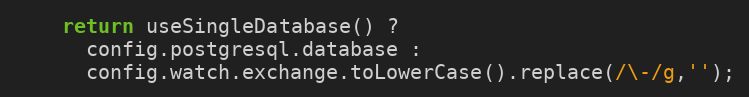
Language: JavaScript
    return useSingleDatabase() ?
      config.postgresql.database :
      config.watch.exchange.toLowerCase().replace(/\-/g,'');